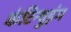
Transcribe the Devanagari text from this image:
कंटिन्युइंग